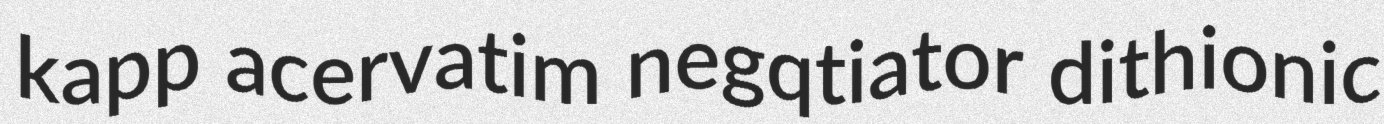
kapp acervatim negqtiator dithionic